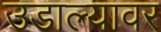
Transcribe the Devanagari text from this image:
उडाल्यावर